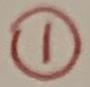
\textcircled{1}